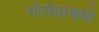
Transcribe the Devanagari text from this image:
गोसेवाश्रमो